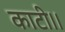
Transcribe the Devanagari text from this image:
काटी।।